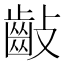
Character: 𪗡